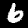
Label: 6